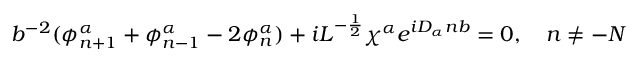
b ^ { - 2 } ( \phi _ { n + 1 } ^ { \alpha } + \phi _ { n - 1 } ^ { \alpha } - 2 \phi _ { n } ^ { \alpha } ) + i L ^ { - \frac { 1 } { 2 } } \chi ^ { \alpha } e ^ { i D _ { \alpha } n b } = 0 , \quad n \neq - N